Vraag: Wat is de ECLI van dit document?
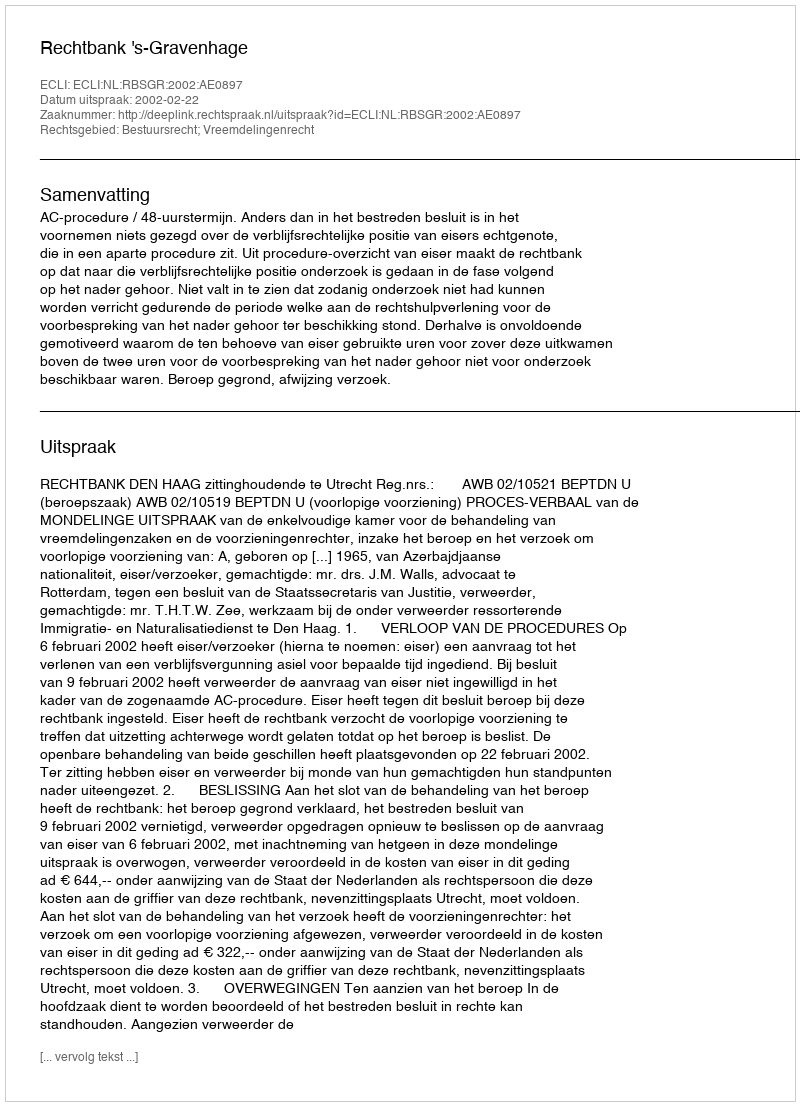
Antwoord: ECLI:NL:RBSGR:2002:AE0897